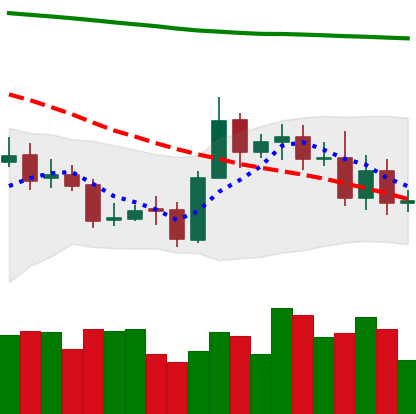
Ticker: ETC-USD
Chart end date: 2020-10-31
Forward return: -3.311%
Label: down_3_5